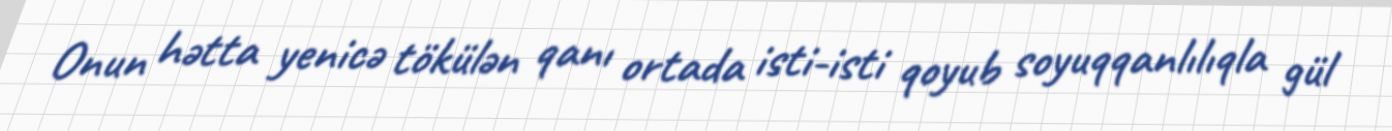
Onun hətta yenicə tökülən qanı ortada isti-isti qoyub soyuqqanlılıqla gül